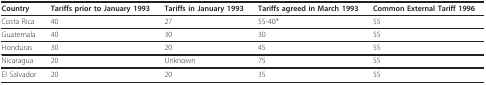
| Country | Tariffs prior to January 1993 | Tariffs in January 1993 | Tariffs agreed in March 1993 | Common External Tariff 1996 |
 | --- | --- | --- | --- | --- |
 | Costa Rica | 40 | 27 | 55-40* | 55 |
 | Guatemala | 40 | 30 | 30 | 55 |
 | Honduras | 30 | 20 | 45 | 55 |
 | Nicaragua | 20 | Unknown | 75 | 55 |
 | El Salvador | 20 | 20 | 35 | 55 |